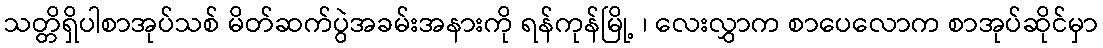
သတ္တိရှိပါစာအုပ်သစ် မိတ်ဆက်ပွဲအခမ်းအနားကို ရန်ကုန်မြို့ ၊ လေးလွှာက စာပေလောက စာအုပ်ဆိုင်မှာ